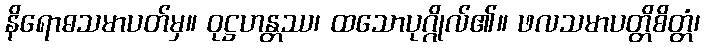
နိရောဓသမာပတ်မှ။ ဝုဋ္ဌဟန္တဿ၊ ထသောပုဂ္ဂိုလ်၏။ ဖလသမာပတ္တိစိတ္တံ၊